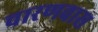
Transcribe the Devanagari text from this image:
चारणवास